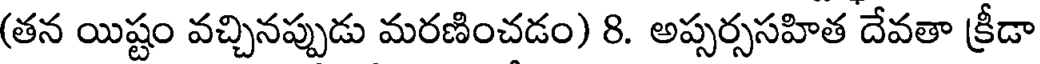
(తన యిష్టం వచ్చినప్పుడు మరణించడం) 8. అప్సర్ససహిత దేవతా క్రీడా